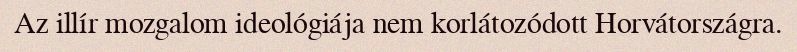
Az illír mozgalom ideológiája nem korlátozódott Horvátországra.